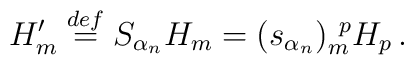
H_m^\prime\stackrel{def}{=}S_{\alpha_n}H_m=(s_{\alpha_n})_m^{~p}H_p\,   .